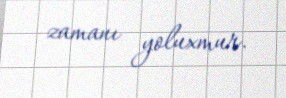
zamanı yoluxmur.